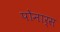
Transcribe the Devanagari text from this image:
पोनार्स